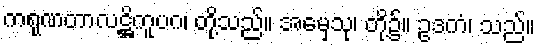
ကရုဏတာလဋ္ဌိကူပဂ၊ တို့သည်။ အမှေသု၊ တို့၌။ ဥဒကံ၊ သည်။